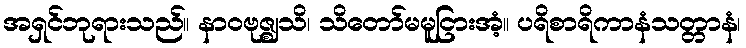
အရှင်ဘုရားသည်။ နာဝဗုဇ္ဈသိ၊ သိတော်မမူငြားအံ့။ ပရိစာရိကာနံသတ္တာနံ၊